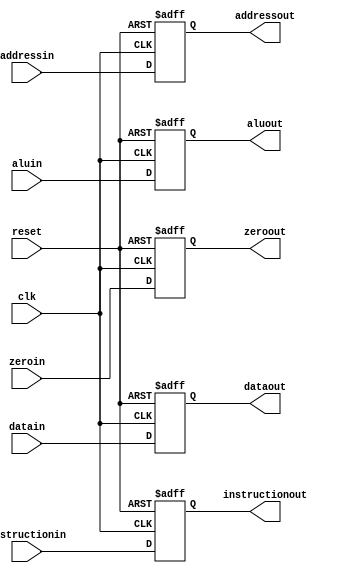
module exmem (
input clk,
input reset,
input [31:0] instructionin,
input [31:0] addressin,
input [31:0] aluin,
input zeroin,
input [31:0] datain,
output reg [31:0] addressout,
output reg [31:0] instructionout,
output reg [31:0] aluout,
output reg zeroout,
output reg [31:0] dataout

);


always @(posedge clk or posedge reset)
begin
	if(reset)
	begin
	addressout <= 32'b00000000000000000000000000000000;
	instructionout <= 32'b00000000000000000000000000000000;
	aluout <= 32'b00000000000000000000000000000000;
	dataout <= 32'b00000000000000000000000000000000;
	zeroout <= 1'b0;
	end
	
	else
	begin
	addressout <= addressin;
	instructionout <= instructionin;
	aluout <= aluin;
	dataout <= datain;
	zeroout <= zeroin;
	end
	
end
endmodule